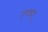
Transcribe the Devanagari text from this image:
त्व्चा